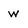
Character: w